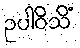
ဥပါဝိသိံ